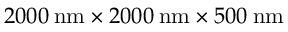
2 0 0 0 \: \mathrm { n m } \times 2 0 0 0 \: \mathrm { n m } \times 5 0 0 \: \mathrm { n m }